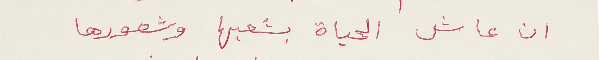
ان عاش الحياة بشعبها وشعورها